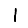
Digit: 1